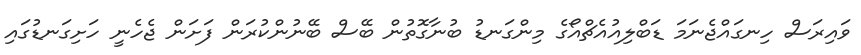
ވައިރަސް ހިނގައްޖެނަމަ ޑަބްލިއުއެޗްއޯގެ މިންގަނޑު ބުނާގޮތުން ބޭސް ބޭނުންކުރަން ފަށަން ޖެހެނީ ހަށިގަނޑުގައި